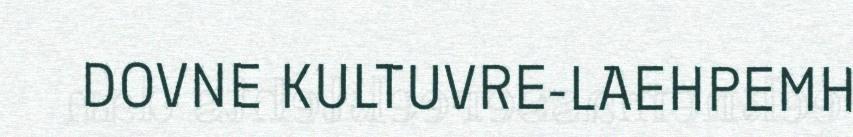
DOVNE KULTUVRE-LAEHPEMH